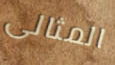
المثالى